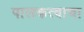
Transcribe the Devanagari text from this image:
पालकत्वाचा